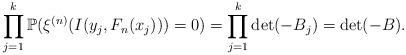
LaTeX: \begin{align*}&\prod_{j=1}^k\mathbb{P}(\xi^{(n)}(I(y_j, F_n(x_j)))=0)=\prod_{j=1}^k\det ( -B_j)=\det ( -B).\end{align*}